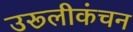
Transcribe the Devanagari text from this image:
उरूलीकंचन